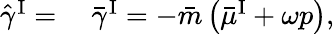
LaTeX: \begin{array}{rl}{\hat{\gamma}^{\mathrm{I}}=}&{{}~\bar{\gamma}^{\mathrm{I}}=-\bar{m}\left(\bar{\mu}^{\mathrm{I}}+\omega p\right),}\end{array}